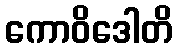
ကောဝိဒေါတိ